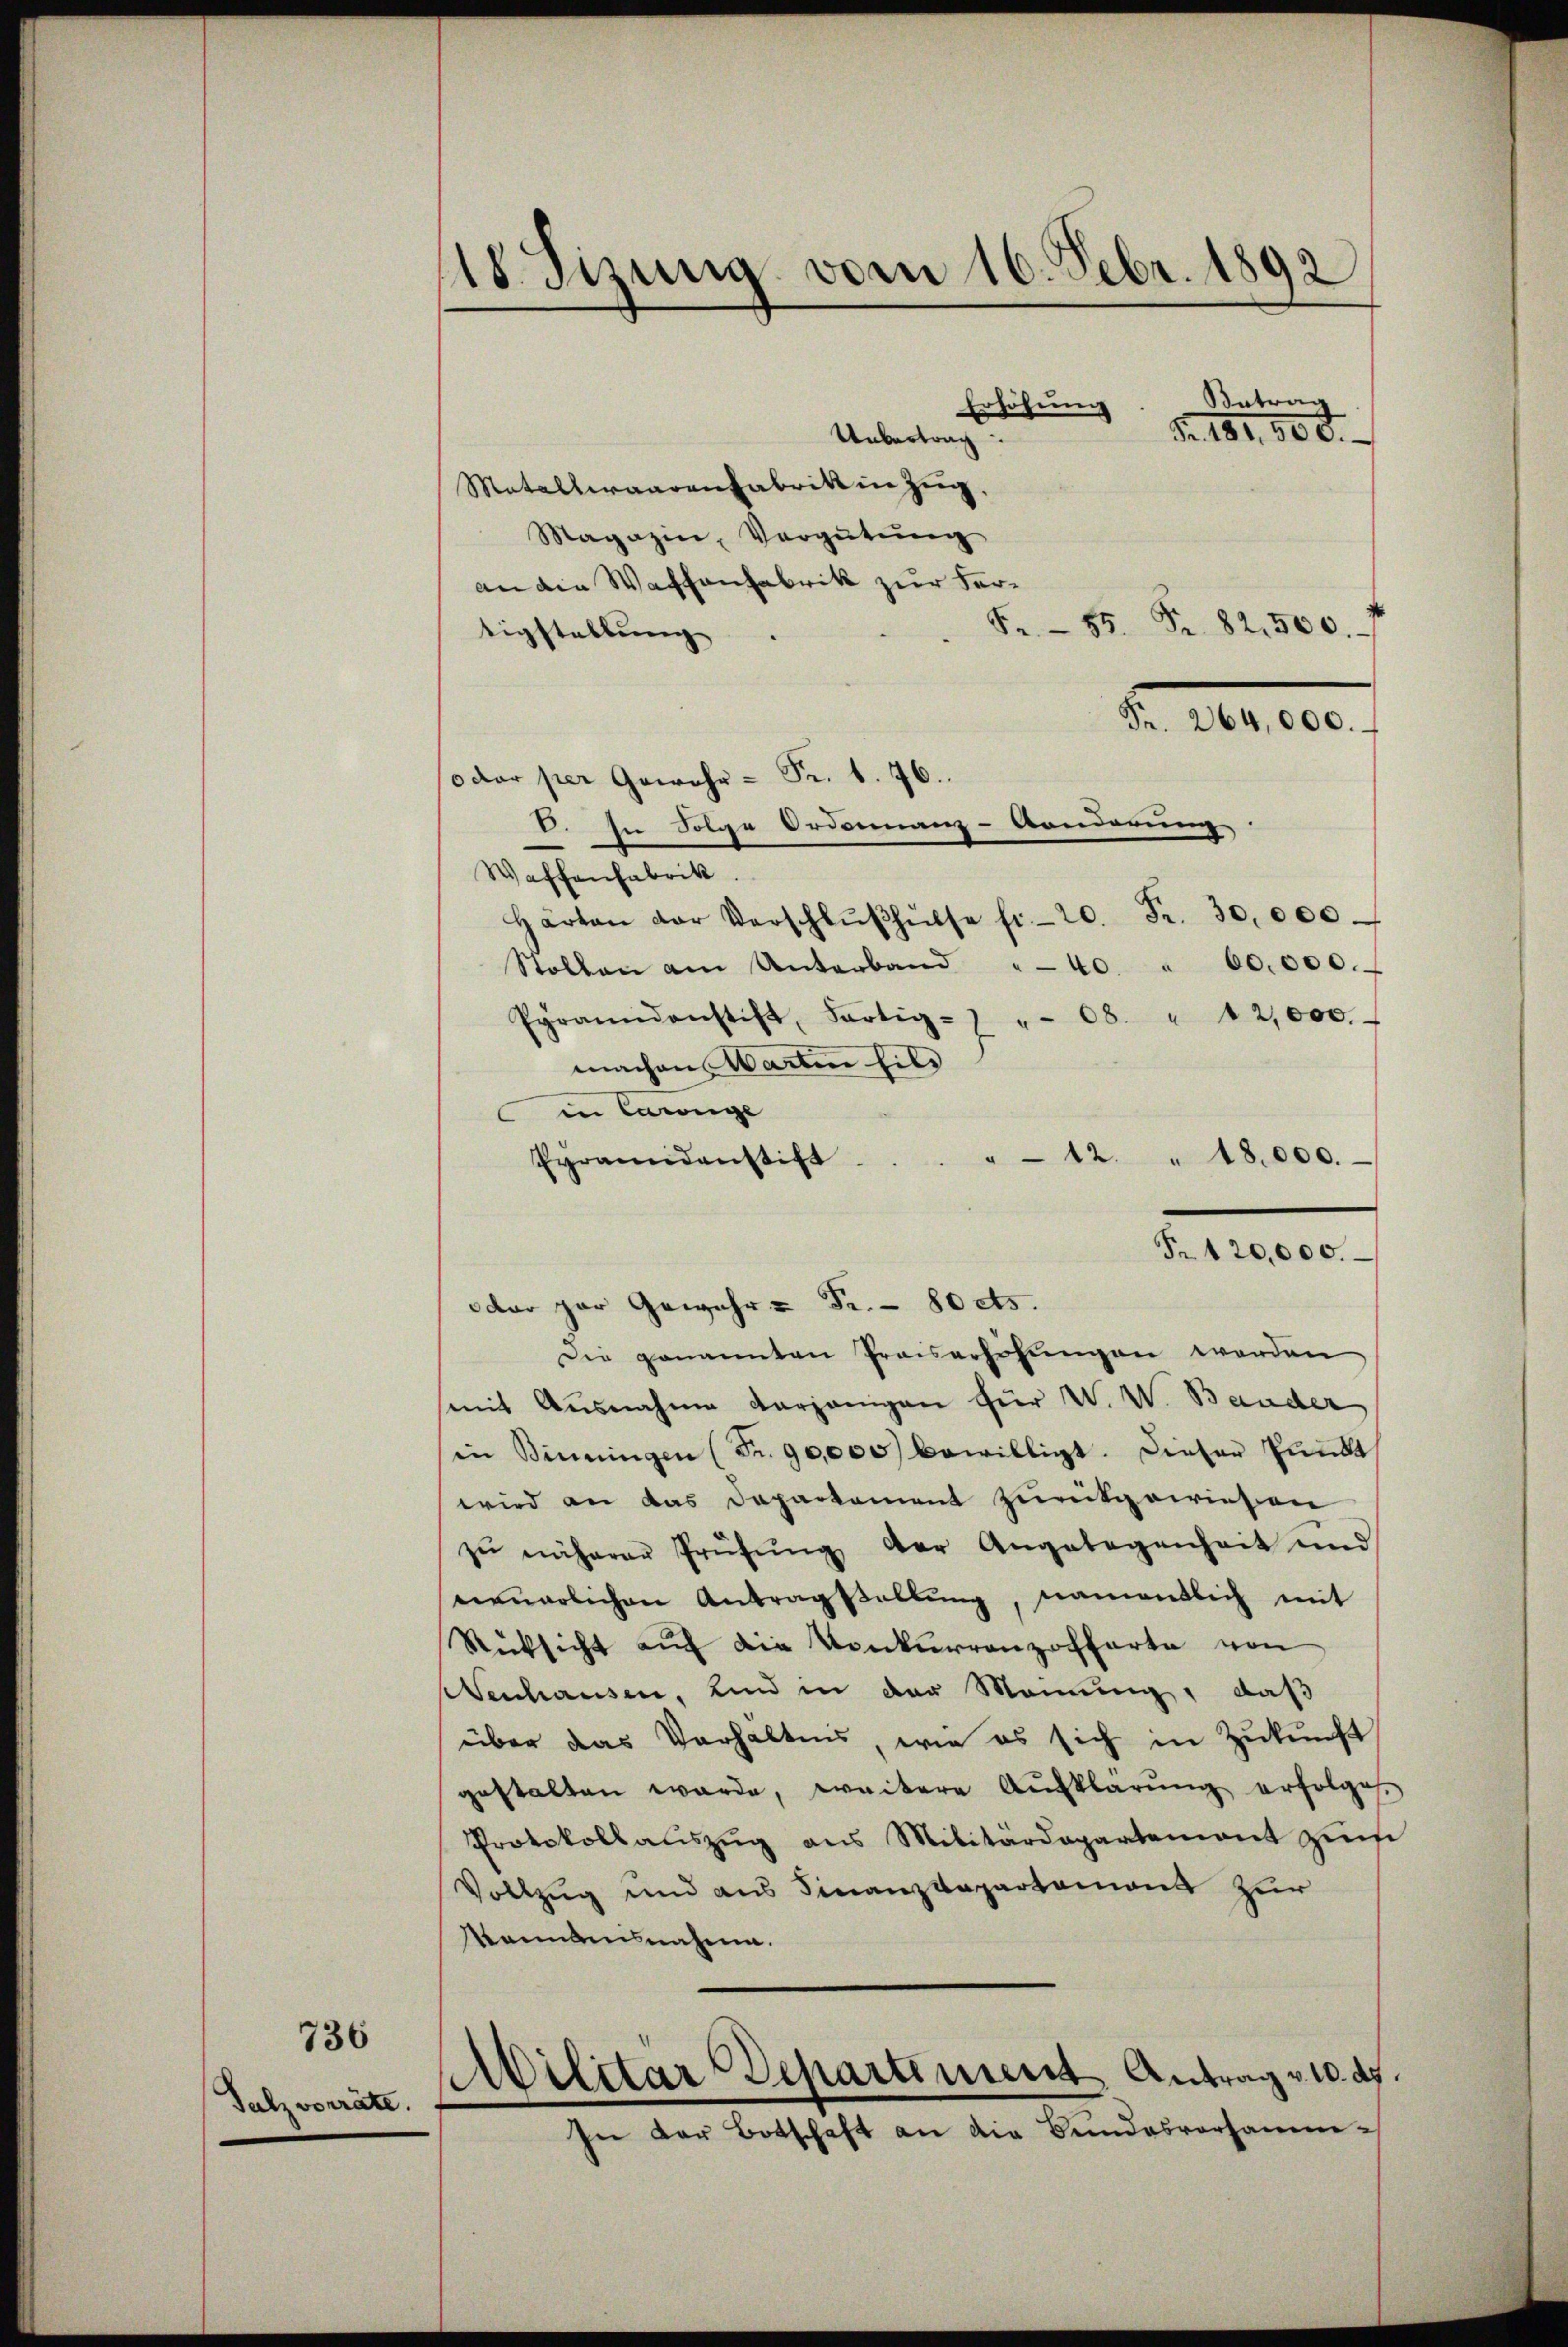
736

Salzvorräte.

1 sizung vom 16. Febr. 1892
Betrag
Erhöhung
Nr. 181. 800.
Uebertrag
Matallwaarenfabrik in Zug,
Magazin, Vergütŭng
an die Waffenfabrik zur Ver¬
5. 55. Fr. 82,500.
tigstellung
Fr. 264,000.
(oder per Gewehr- Fr. 1. 76.

V. In Folge Ordonanz-Konderung
Waffenfabrik.
Härten der Verschlŭβhŭlse fr. 20. Fr. 30,000
Stollen am Unterband "40 " 60,000.
Pyramidenstift, Fortig- "- 08. " 12,000
machen Warten hier
in Carnge
" 12. " 18,000.
Pyramidenstift
Fr. 120,000.
dar par Gewehr- Fr. 80 cts.
Die genannten Praiserhöhŭngen werden
mit Ausnahme derjenigen für W. W. Bauder
in Benningen (Fr. 90,000 bewilligt. Dieser Punkt
wird an das Departement zurückgewiesen
zŭ näherer Prüfŭng der Angelegenheit und
neuarlichen Antragstallŭng, namentlich mit
Rücksicht aŭf die Konkurrenzoffarte von
enchausen, und in der Meinung, daß
über das Verhältnis, wie es sich in Zŭkŭnft
gestalten werde, weitere Aufklärŭng erfolge
Protokollaŭszŭg ans Militärdepartement zŭr
Vollzug und aus Finanzkapartement zur
Kanntensnahme.
Militar Departiment Antrag v. 10. ds.
In der Botschaft an die Bundesvorsamm¬